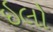
ઇલો